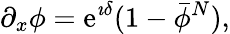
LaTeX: \partial_{x}\phi={\mathrm e}^{\imath\delta}(1-\bar{\phi}^{N}),